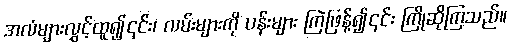
အလံများလွှင့်ထူ၍၎င်း၊ လမ်းများကို ပန်းများ ကြဲဖြန့်၍၎င်း ကြိုဆိုကြသည်။